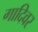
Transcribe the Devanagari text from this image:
गादिवर